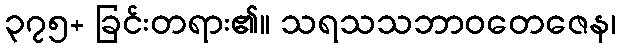
၃၇၅+ ခြင်းတရား၏။ သရသသဘာဝတေဇေန၊